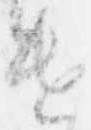
遣